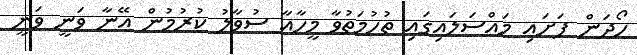
ހޯދަން ފަށައި މައްސަލައިގައި ތުހުމަތުވާ މީހާއާ ސުވާލު ކުރުމުން އޭނާ ވަނީ ވަނީ